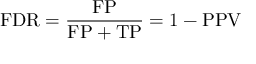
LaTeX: \mathrm { F D R } = { \frac { \mathrm { F P } } { \mathrm { F P } + \mathrm { T P } } } = 1 - \mathrm { P P V }